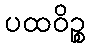
ပထဝိဉ္စ